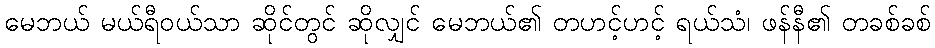
မေဘယ် မယ်ရီဝယ်သာ ဆိုင်တွင် ဆိုလျှင် မေဘယ်၏ တဟင့်ဟင့် ရယ်သံ၊ ဖန်နီ၏ တခစ်ခစ်